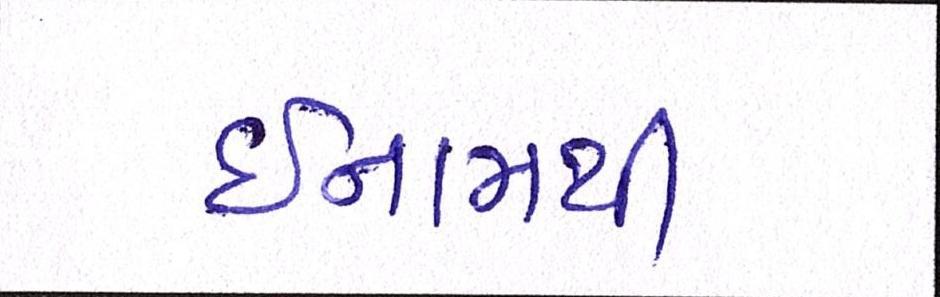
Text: ઈનામથી